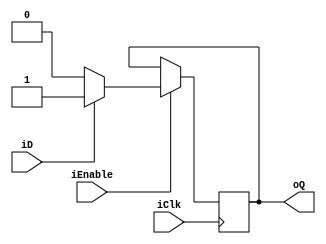
module mFlipFlop_D_PosEdgeClk_PosEdgeReset_Enable(input iD, 
																	input iClk,
																	input iEnable,															
																	output reg oQ);

always@(posedge iClk or negedge iEnable)
	if(iEnable == 0)
		oQ <= oQ;
	else if(iEnable == 1)
		begin
			if (iD == 1)
			oQ <= iD;
			else if (iD == 0)
			oQ <= iD;
		end
		
endmodule